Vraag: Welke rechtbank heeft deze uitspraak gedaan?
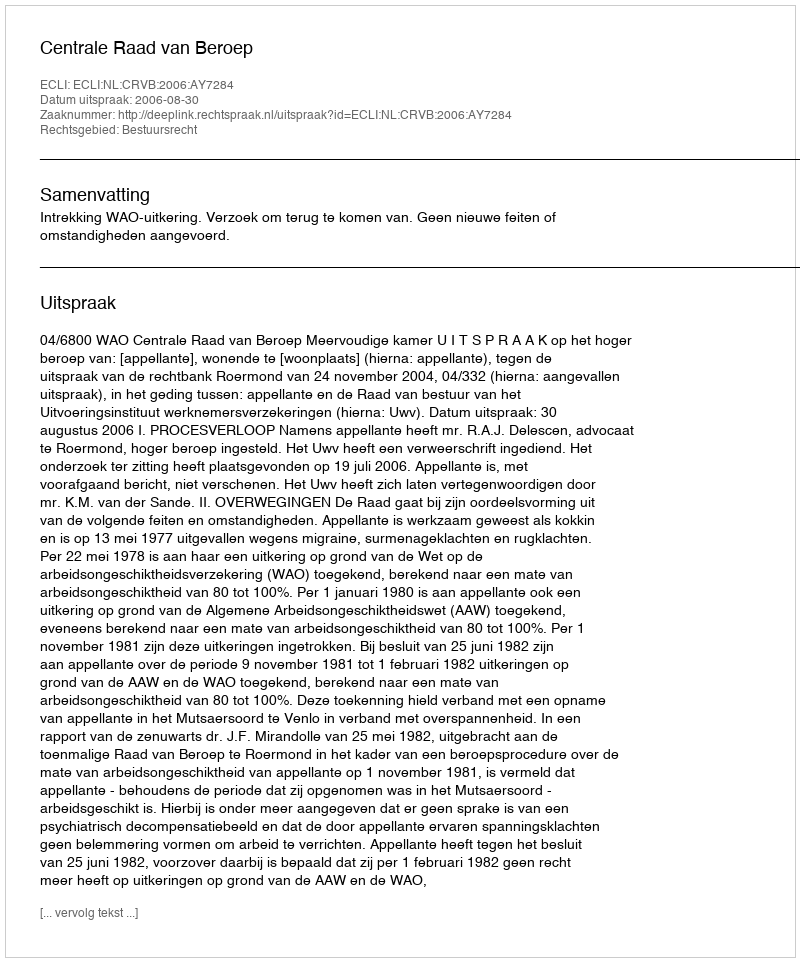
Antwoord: Centrale Raad van Beroep